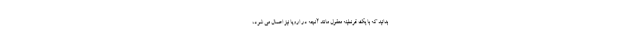
بدانید که با یک قرنطینه معقول مانند آنچه در اروپا نیز اعمال می شود،